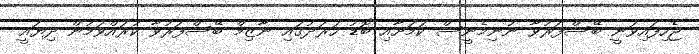
ޖެހިފައިވަނީ ބޭސްފަރުވާ ނުނިމެނީސް ކަމަށާއި ބޮޑު ހަރަދުގައި ނާޒިމް ބޭސްފަރުވާ ކުރައްވަމުން ދިޔައީ